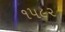
૧૫૯૨